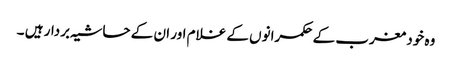
وہ خود مغرب کے حکمرانوں کے غلام اور ان کے حاشیہ بردار ہیں ۔